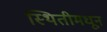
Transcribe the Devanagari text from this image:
स्थितीमधून